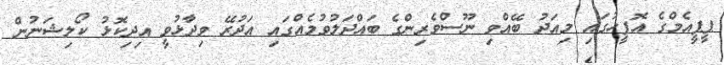
ޕީޕީއެމްގެ އޮފީހުގައި މިއަދު ބޭއްވި ނޫސްވެރިންގެ ބައްދަލުވުމެއްގައި އަދުރޭ ވިދާޅުވީ އިދިކޮޅު ކޯލިޝަނުން